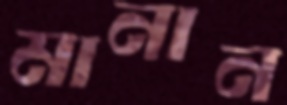
মানান